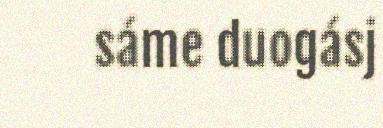
sáme duogásj